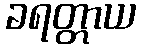
ခရတ္တာယ